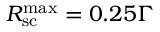
R _ { \mathrm { { s c } } } ^ { \mathrm { { m a x } } } = 0 . 2 5 \Gamma